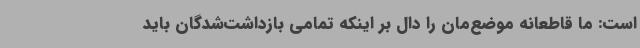
است: ما قاطعانه موضع‌مان را دال بر اینکه تمامی بازداشت‌شدگان باید